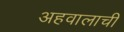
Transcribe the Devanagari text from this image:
अहवालाची